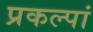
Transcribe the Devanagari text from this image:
प्रकल्पां